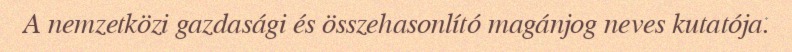
A nemzetközi gazdasági és összehasonlító magánjog neves kutatója.